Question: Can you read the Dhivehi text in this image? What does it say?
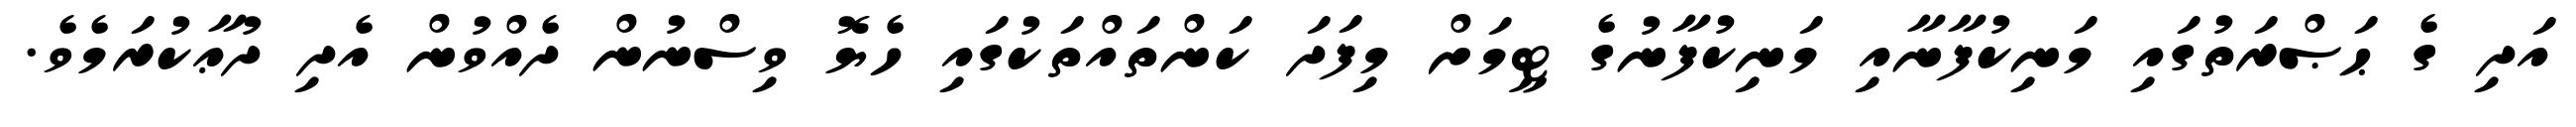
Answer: އަދި ގެ ޙަޞްރަތުގައި މަނިކުފާނާއި މަނިކުފާނުގެ ޓީމަށް މިފަދަ ކަންތައްތަކުގައި ހެޔޮ ވިސްނުން ދެއްވުން އެދި ދުޢާކުރަމެވެ.